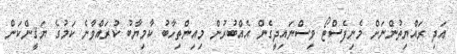
އަދި ރައްޔިތުންނަށް މެނިފެސްޓޯ ވިސްނައިދީގެން އެއްބުރުން މިއިންތިހާބު ކާމިޔާބު ކުރައްވާނެ ކަމުގެ ޔަޤީންކަން